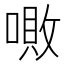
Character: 𠼚